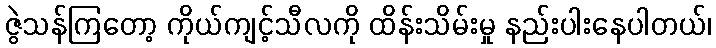
ဇွဲသန်ကြတော့ ကိုယ်ကျင့်သီလကို ထိန်းသိမ်းမှု နည်းပါးနေပါတယ်၊